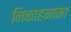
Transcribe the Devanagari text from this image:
निकाहनामा